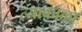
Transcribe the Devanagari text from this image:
त्याकाळा